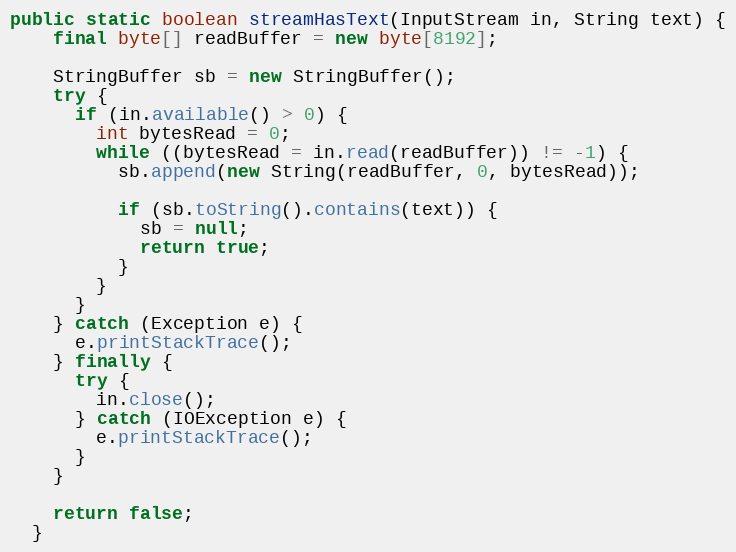
Language: Java
public static boolean streamHasText(InputStream in, String text) {
    final byte[] readBuffer = new byte[8192];

    StringBuffer sb = new StringBuffer();
    try {
      if (in.available() > 0) {
        int bytesRead = 0;
        while ((bytesRead = in.read(readBuffer)) != -1) {
          sb.append(new String(readBuffer, 0, bytesRead));

          if (sb.toString().contains(text)) {
            sb = null;
            return true;
          }
        }
      }
    } catch (Exception e) {
      e.printStackTrace();
    } finally {
      try {
        in.close();
      } catch (IOException e) {
        e.printStackTrace();
      }
    }

    return false;
  }